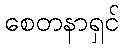
စေတနာရှင်